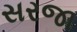
સરજા